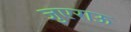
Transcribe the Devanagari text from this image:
जुएराऊ